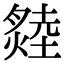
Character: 𤏝